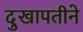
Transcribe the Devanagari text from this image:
दुखापतीने